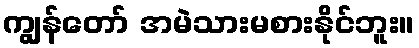
ကျွန်တော် အမဲသားမစားနိုင်ဘူး။